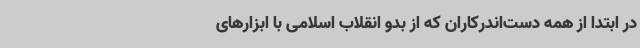
در ابتدا از همه دست‌اندرکاران که از بدو انقلاب اسلامی با ابزارهای